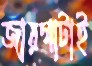
জায়গাটাই